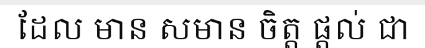
ដែល មាន សមាន ចិត្ត ផ្តល់ ជា